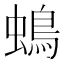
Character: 䳋